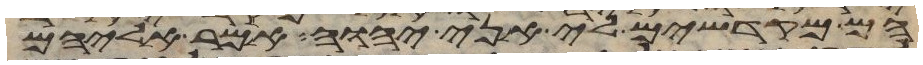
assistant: הם מקדישים לי אני יהוה אמר אליהם